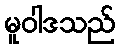
မူဝါဒသည်